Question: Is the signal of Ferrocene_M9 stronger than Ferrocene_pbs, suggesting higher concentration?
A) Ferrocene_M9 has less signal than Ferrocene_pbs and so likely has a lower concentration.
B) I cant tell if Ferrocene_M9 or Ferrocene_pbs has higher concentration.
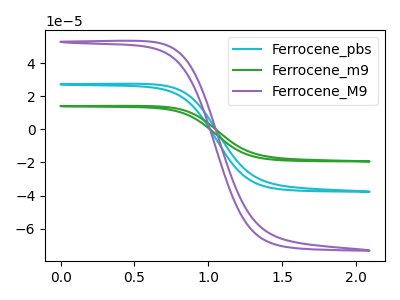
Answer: <think>The cyan curve "Ferrocene_pbs" has no peaks. The green curve "Ferrocene_m9" has no peaks. The purple curve "Ferrocene_M9" has no peaks.
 Neither "Ferrocene_M9" or "Ferrocene_pbs" have any peaks.</think>
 <answer>B) I cant tell if "Ferrocene_M9" or "Ferrocene_pbs" has higher concentration.</answer>
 <eval>B</eval>